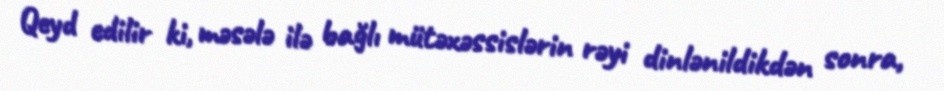
Qeyd edilir ki, məsələ ilə bağlı mütəxəssislərin rəyi dinlənildikdən sonra,